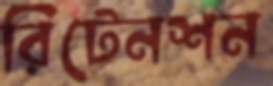
রিটেনশন